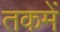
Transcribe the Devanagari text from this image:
तकमें